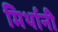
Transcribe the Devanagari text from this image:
मिर्थानी